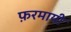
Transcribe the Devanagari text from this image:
फ़रमायी